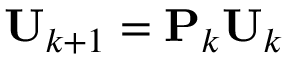
\mathbf { U } _ { k + 1 } = \mathbf { P } _ { k } \mathbf { U } _ { k }